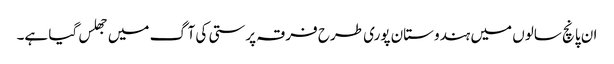
ان پانچ سالوں میں ہندوستان پوری طرح فرقہ پرستی کی آگ میں جھلس گیا ہے۔